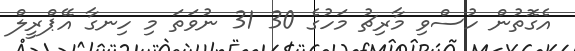
އެގޮތުން ހުސްވި މާރިޗު މަހުގެ 30 31 ނުވަތަ މި ހިނގާ އޭޕްރީލް